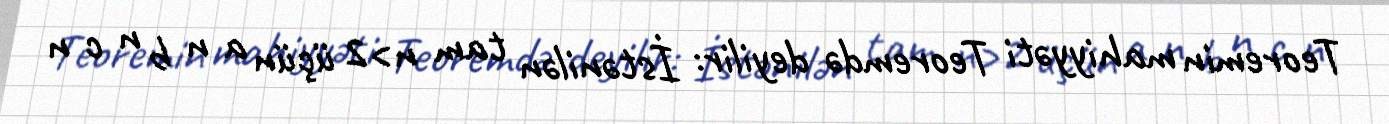
Teoremin mahiyyəti Teoremdə deyilir: İstənilən tam n>2 üçün a n b n c n